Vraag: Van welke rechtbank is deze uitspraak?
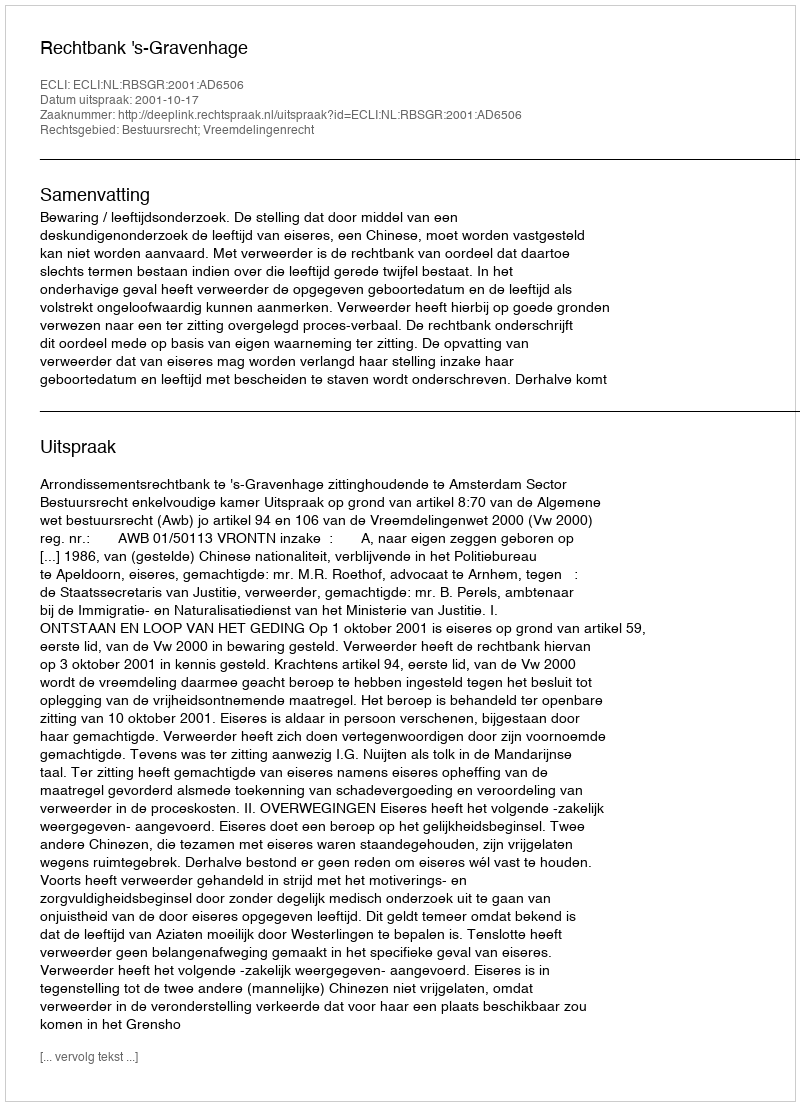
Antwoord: Rechtbank 's-Gravenhage